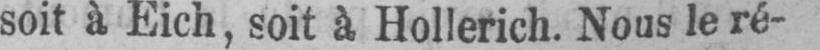
soit à Eich, soit à Hollerich. Nous le ré-